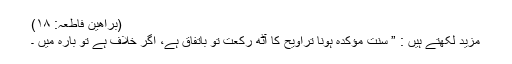
(براھین فاطعہ: ۱۸)
مزید لکھتے ہیں : ” سنت مؤکدہ ہونا تراویح کا آٹھ رکعت تو باتفاق ہے، اگر خلاف ہے تو بارہ میں ۔